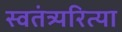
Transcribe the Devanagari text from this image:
स्वतंत्र्यरित्या